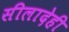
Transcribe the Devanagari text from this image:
सीलादेही